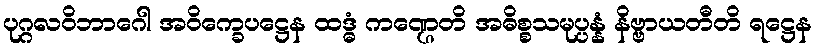
ပုဂ္ဂလဝိဘာဂေါ အဝိက္ခေပဋ္ဌေန ထဒ္ဓံ ကဏ္ဌေတိ အဓိစ္စသမုပ္ပန္နံ နိဗ္ဗာယတီတိ ရဋ္ဌေန